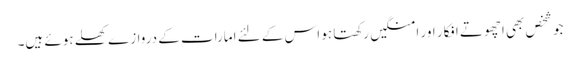
جو شخص بھی اچھوتے افکار اور امنگیں رکھتا ہو اس کے لئے امارات کے دروازے کھلے ہوئے ہیں۔